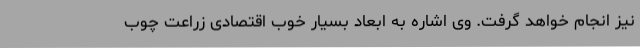
نیز انجام خواهد گرفت. وی اشاره به ابعاد بسیار خوب اقتصادی زراعت چوب